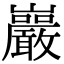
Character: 巖